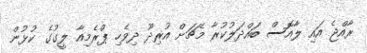
ރާއްޖެ އައި ލާއޮސް ބައްދަލުކުރާ މެޗަށް އުރިދޫ ދިވެހި ޕްރެމިއާ ލީގުގެ ކުޅުން